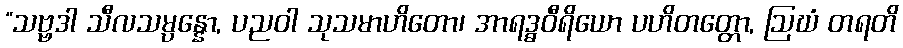
“သဗ္ဗဒါ သီလသမ္ပန္နော, ပညဝါ သုသမာဟိတော၊ အာရဒ္ဓဝီရိယော ပဟိတတ္တော, ဩဃံ တရတိ